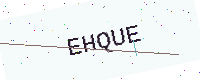
Text: EHQUE